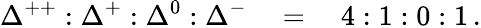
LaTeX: \Delta^{++}:\Delta^{+}:\Delta^{0}:\Delta^{-}\quad=\quad 4:1:0:1\, .